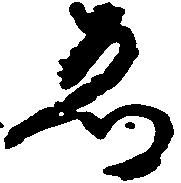
ゑ